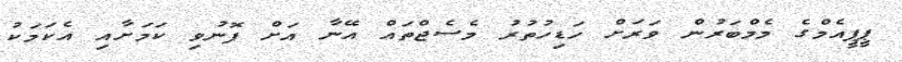
ޕީޕީއެމްގެ މެމްބަރުން ވަރަށް ހަޑިހުތުރު މެސެޖްތައް އޭނާ އަށް ފޮނުވި ކަމަށާއި އެކަމަކު